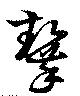
齧